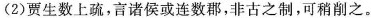
(2)贾生上疏，言诸侯或连数郡,非古之制,可稍削之